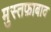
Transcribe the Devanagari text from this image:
मुस्तफ़ाबाद